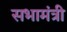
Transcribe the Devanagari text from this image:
सभामंत्री